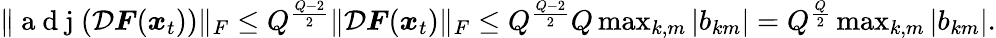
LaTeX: \begin{array}{r}{\| \mathrm{~a~d~j~}(\mathcal{D}\boldsymbol{F}(\boldsymbol{x}_{t}))\| _{F}\le Q^{\frac{Q-2}{2}}\| \mathcal{D}\boldsymbol{F}(\boldsymbol{x}_{t})\| _{F}\le Q^{\frac{Q-2}{2}}Q\operatorname*{max}_{k,m}|b_{km}|=Q^{\frac{Q}{2}}\operatorname*{max}_{k,m}|b_{km}|.}\end{array}